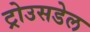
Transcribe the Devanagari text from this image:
ट्रोउसडेल